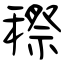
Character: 穄